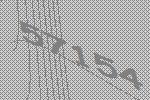
57154